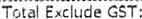
TOTAL EXCLUDE GST: